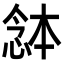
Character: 𭝯